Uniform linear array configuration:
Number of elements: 64
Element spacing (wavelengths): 0.75
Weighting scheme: uniform
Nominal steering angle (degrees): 30
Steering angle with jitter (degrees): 29.392
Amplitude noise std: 0.05
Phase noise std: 0.05

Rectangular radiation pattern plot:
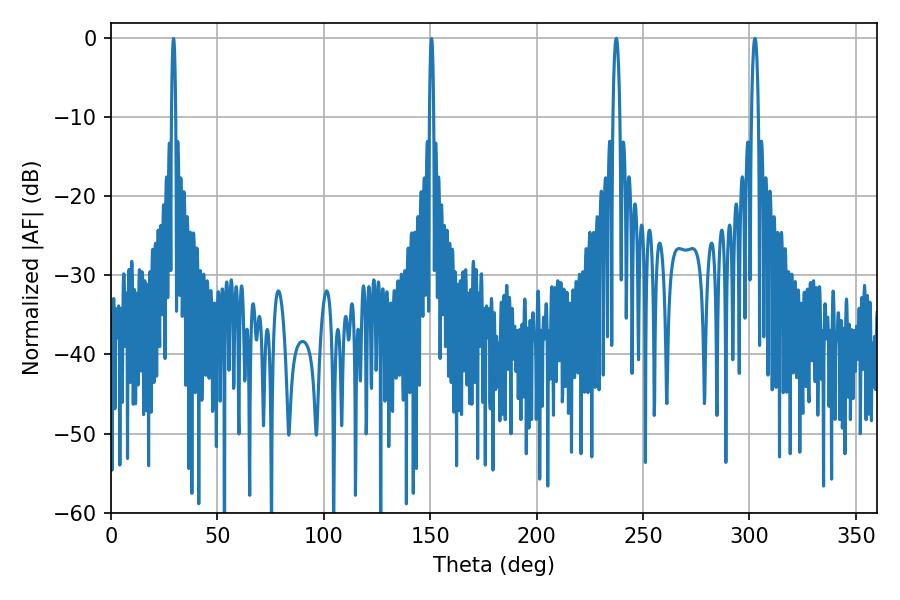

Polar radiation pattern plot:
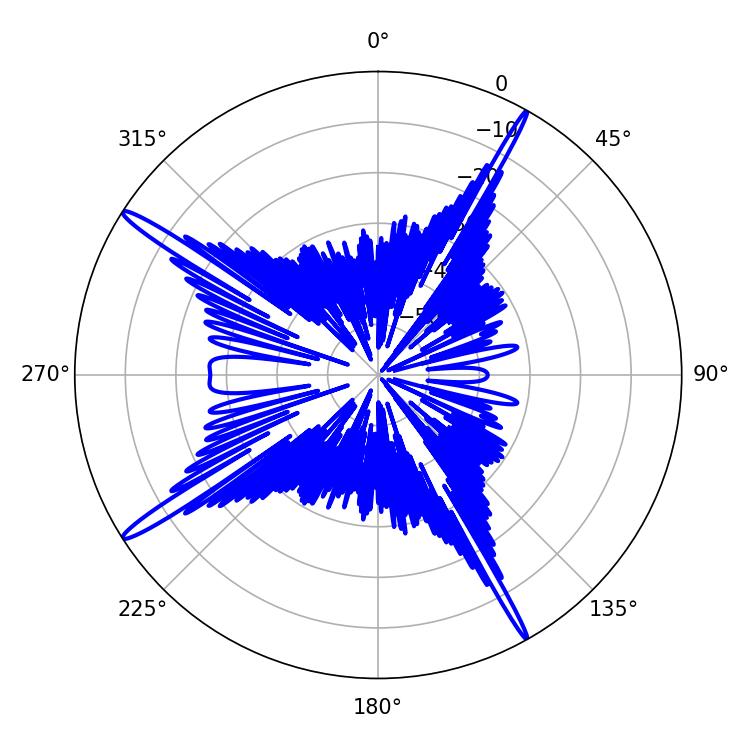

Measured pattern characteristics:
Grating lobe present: TRUE
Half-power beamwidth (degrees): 1.8
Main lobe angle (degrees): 237.42